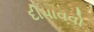
દીપાવવો